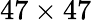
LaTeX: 47\times 47